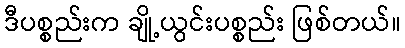
ဒီပစ္စည်းက ချို့ယွင်းပစ္စည်း ဖြစ်တယ်။